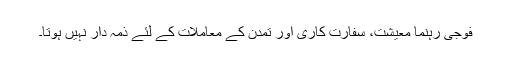
فوجی رہنما معیشت، سفارت کاری اور تمدن کے معاملات کے لئے ذمہ دار نہیں ہوتا۔